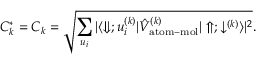
C _ { k } ^ { * } = C _ { k } = \sqrt { \sum _ { u _ { i } } | \langle \Downarrow ; u _ { i } ^ { ( k ) } | \hat { V } _ { \mathrm { a t o m - m o l } } ^ { ( k ) } | \Uparrow ; \downarrow ^ { ( k ) } \rangle | ^ { 2 } } .